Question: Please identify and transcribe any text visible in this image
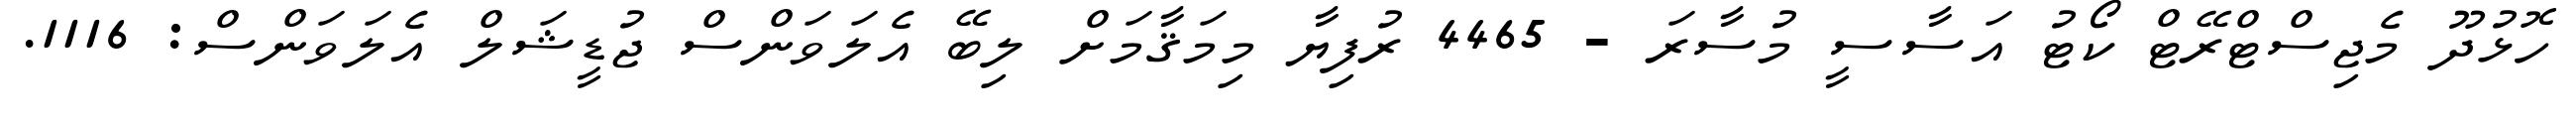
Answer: ހޮޅުދޫ މެޖިސްޓްރޭޓް ކޯޓު އަސާސީ މުސާރަ - 4465 ރުފިޔާ މިމަޤާމަށް ލިބޭ އެލަވަންސް ޖުޑީޝަލް އެލަވަންސް: 1116.